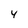
Character: 4